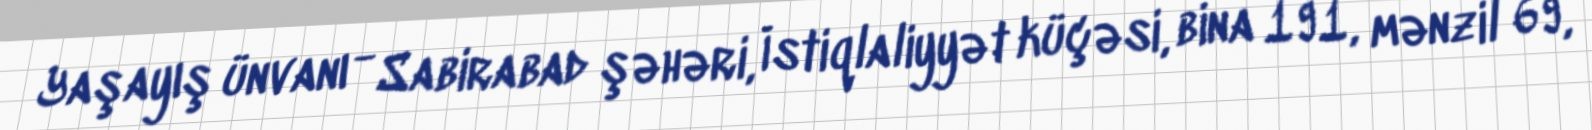
Yaşayış ünvanı - Sabirabad şəhəri, İstiqlaliyyət küçəsi, bina 191, mənzil 69,